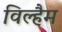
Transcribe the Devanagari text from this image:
विल्हैम